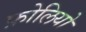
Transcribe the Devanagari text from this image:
फ़ोलियो